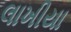
લાખીયા